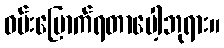
ဝမ်းမြောက်ရတာပေါ့ဘုရား။